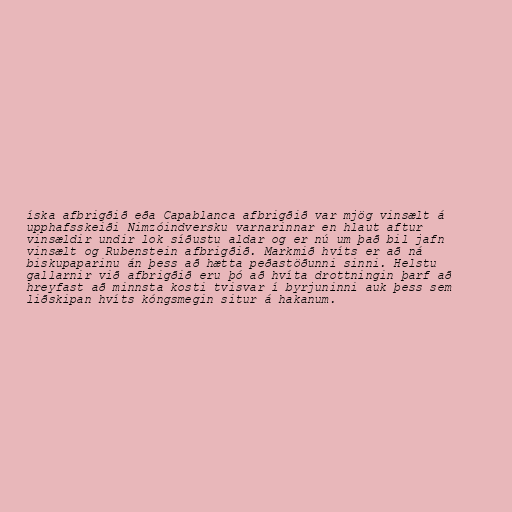
íska afbrigðið eða Capablanca afbrigðið var mjög vinsælt á
upphafsskeiði Nimzóindversku varnarinnar en hlaut aftur
vinsældir undir lok síðustu aldar og er nú um það bil jafn
vinsælt og Rubenstein afbrigðið. Markmið hvíts er að ná
biskupaparinu án þess að hætta peðastöðunni sinni. Helstu
gallarnir við afbrigðið eru þó að hvíta drottningin þarf að
hreyfast að minnsta kosti tvisvar í byrjuninni auk þess sem
liðskipan hvíts kóngsmegin situr á hakanum.